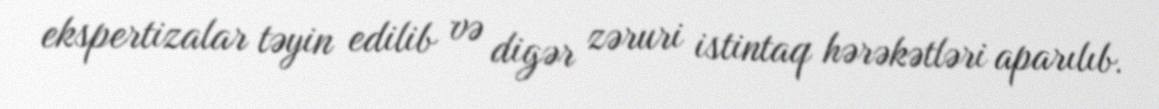
ekspertizalar təyin edilib və digər zəruri istintaq hərəkətləri aparılıb.